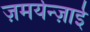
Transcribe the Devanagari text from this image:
ज़मर्यन्ज़ाई